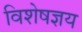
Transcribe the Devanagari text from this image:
विशेषज्ञय